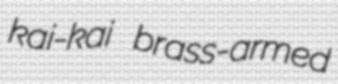
kai-kai brass-armed